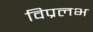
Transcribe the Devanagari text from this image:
विप्रलभ